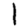
Digit: 1